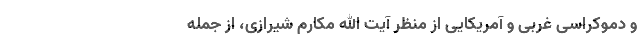
و دموکراسی غربی و آمریکایی از منظر آیت الله مکارم شیرازی، از جمله